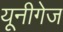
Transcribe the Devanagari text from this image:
यूनीगेज